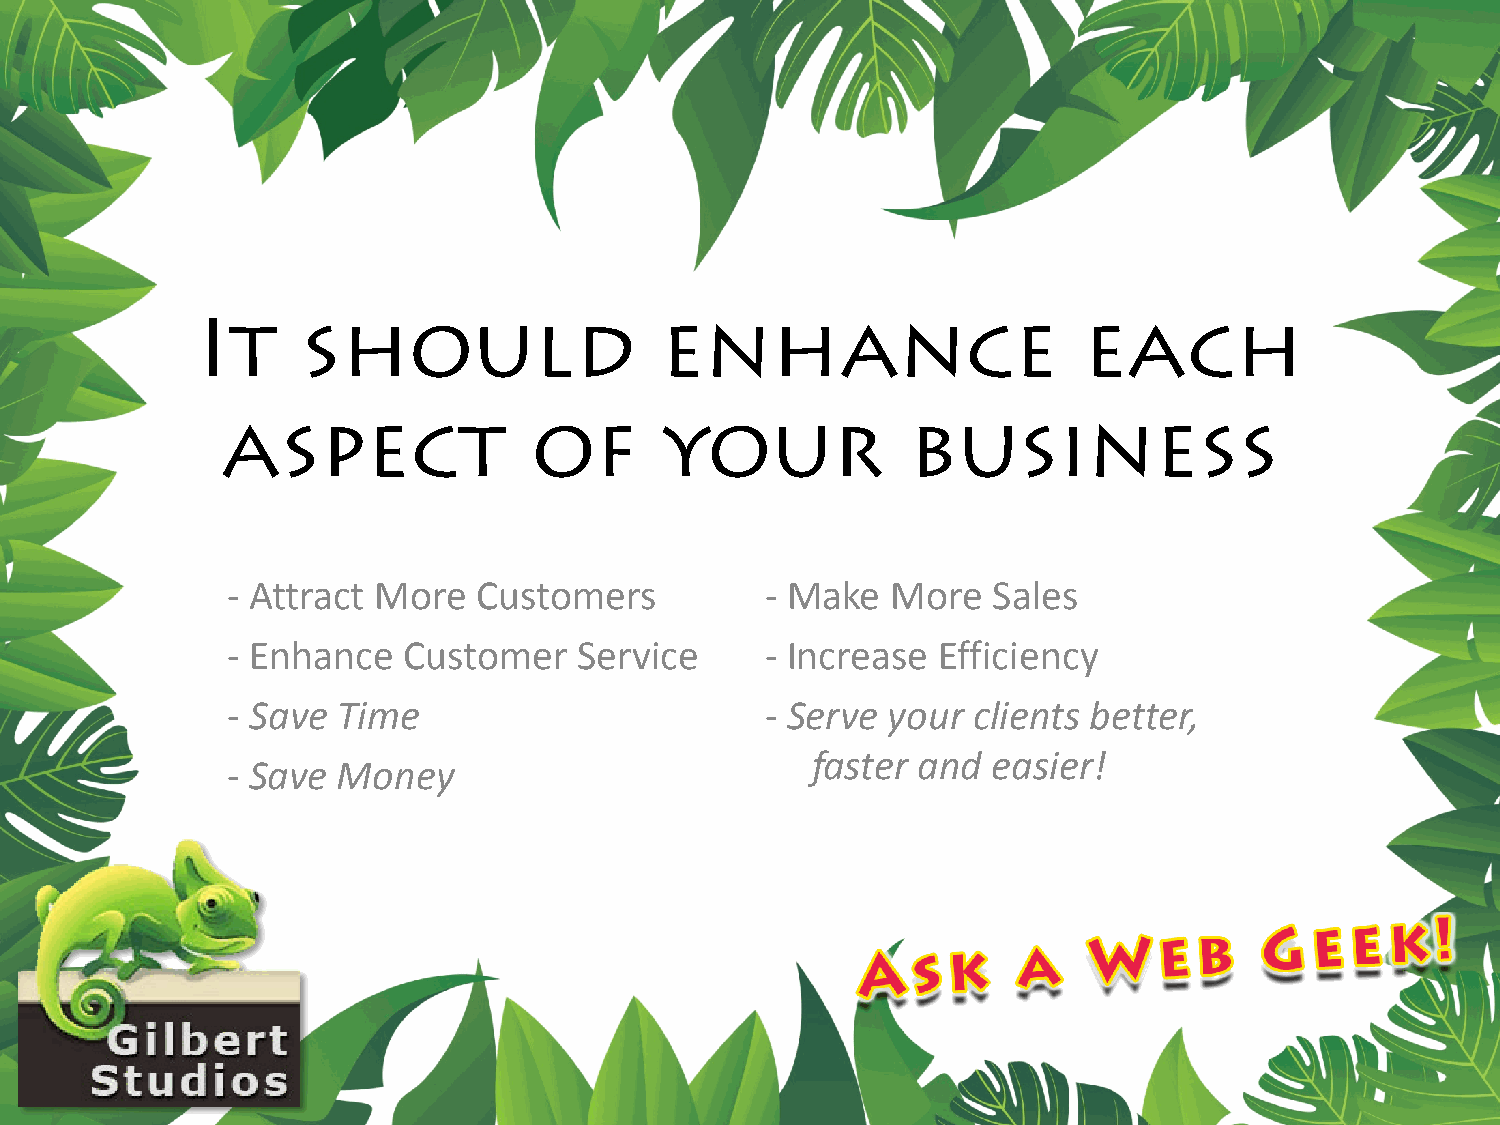
It     should                  enhance                     each
 aspect              of       your            business
 - Attract More   Customers          - Make  More   Sales
 - Enhance   Customer   Service      - Increase Efficiency
 - Save Time                         - Serve your clients better,
 faster and  easier!
 - Save Money